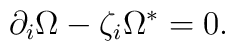
\partial _{i}\Omega -\zeta _{{i}}\Omega ^{\ast }=0.